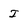
Character: I